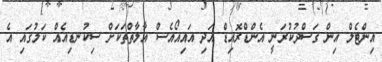
އިންޓެލް އިން ގަސްދުކުރަނީ އެންޑްރޮއިޑް އަދި އައިއޯއެސް އާލާތްތަކަށް ސިކުނޑިއެއް ކަމުގައި އެ